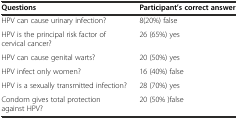
| Questions | Participant’s correct answer |
 | --- | --- |
 | HPV can cause urinary infection? | 8(20%) false |
 | HPV is the principal risk factor of cervical cancer? | 26 (65%) yes |
 | HPV can cause genital warts? | 20 (50%) yes |
 | HPV infect only women? | 16 (40%) false |
 | HPV is a sexually transmitted infection? | 28 (70%) yes |
 | Condom gives total protection against HPV? | 20 (50% )false |